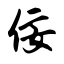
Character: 佞